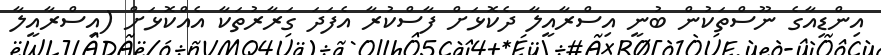
އިންޑިއާގެ ނޫސްތަކުން ބުނީ އިސްރާއީލާ ދެކޮޅަށް ފާސްކުރާ އެފަދަ ގަރާރުތަކާ އެއްކޮޅަށް (އިސްރާއީލާ